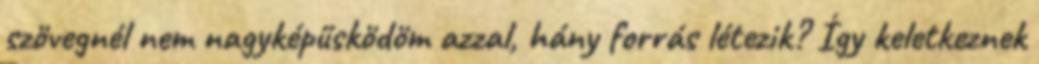
szövegnél nem nagyképűsködöm azzal, hány forrás létezik? Így keletkeznek